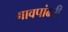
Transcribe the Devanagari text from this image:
गावपांढरी